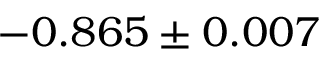
- 0 . 8 6 5 \pm 0 . 0 0 7